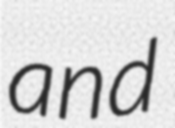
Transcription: and